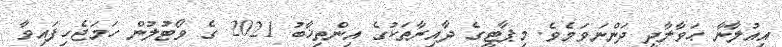
އިއުލާނާ ޙަވާލާދީ ދަންނަވަމެވެ. މިޕާޓީގެ ދާއިރާތަކުގެ އިންތިޚާބު 2021 ގެ ވޯޓުލުން ހަމަޖެހިފައިވާ